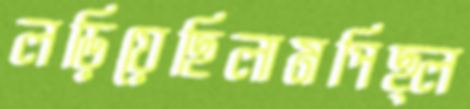
লড়িয়েছিলামপিছ্‌ল